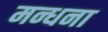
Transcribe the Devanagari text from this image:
मन्धना